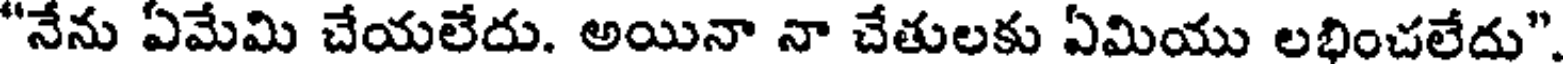
"నేను ఏమేమి చేయలేదు. అయినా నా చేతులకు ఏమియు లభించలేదు"